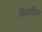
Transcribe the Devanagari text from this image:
किर्क्सविल